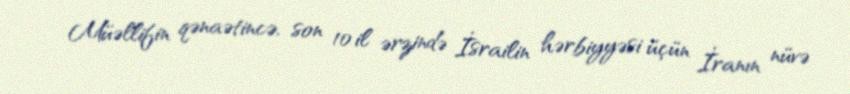
Müəllifin qənaətincə, son 10 il ərzində İsrailin hərbiyyəsi üçün İranın nüvə